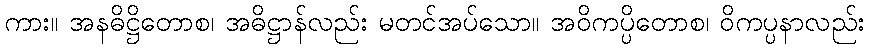
ကား။ အနဓိဋ္ဌိတောစ၊ အဓိဋ္ဌာန်လည်း မတင်အပ်သော။ အဝိကပ္ပိတောစ၊ ဝိကပ္ပနာလည်း